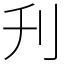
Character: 刋